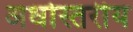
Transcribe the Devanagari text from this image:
अधोस्तरीय